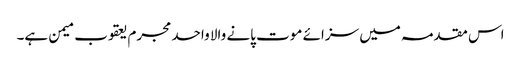
اس مقدمہ میں سزائے موت پانے والا واحد مجرم یعقوب میمن ہے۔